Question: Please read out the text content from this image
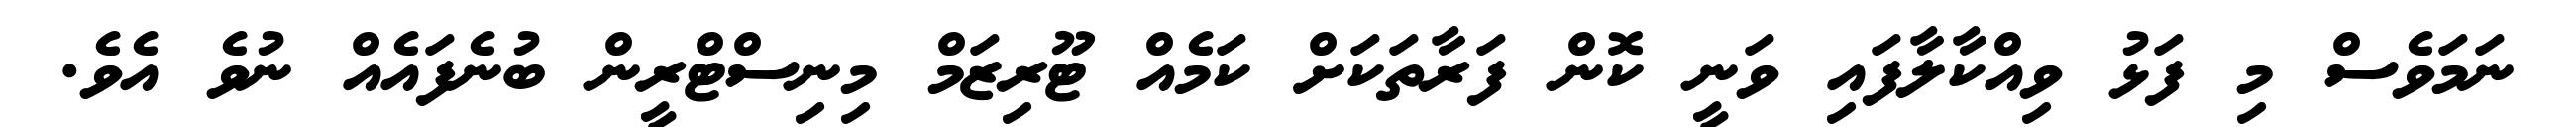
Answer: ނަމަވެސް މި ފަޅު ވިއްކާލާފައި ވަނީ ކޮން ފަރާތަކަށް ކަމެއް ޓޫރިޒަމް މިނިސްޓްރީން ބުނެފައެއް ނުވެ އެވެ.